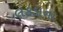
લકડાના